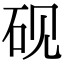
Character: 砚